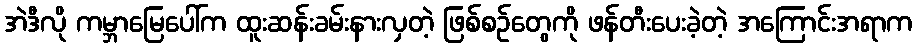
အဲဒီလို ကမ္ဘာမြေပေါ်က ထူးဆန်းခမ်းနားလှတဲ့ ဖြစ်စဉ်တွေကို ဖန်တီးပေးခဲ့တဲ့ အကြောင်းအရာက